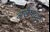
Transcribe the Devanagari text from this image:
अलैपायुदे